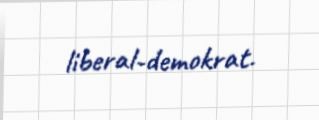
liberal-demokrat.